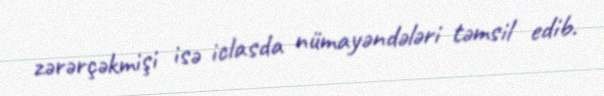
zərərçəkmişi isə iclasda nümayəndələri təmsil edib.